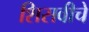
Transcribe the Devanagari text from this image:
शिसवीचे